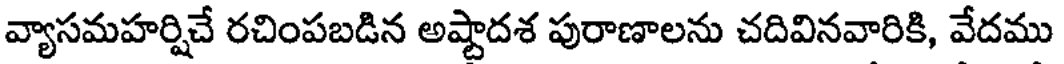
వ్యాసమహర్షిచే రచింపబడిన అష్టాదశ పురాణాలను చదివినవారికి, వేదము